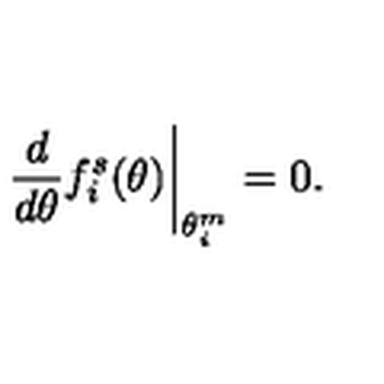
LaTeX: \left. \frac { d } { d \theta } f _ { i } ^ { s } ( \theta ) \right| _ { \theta _ { i } ^ { m } } = 0 .